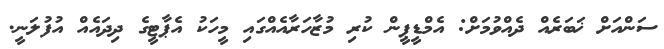
ސަންއަށް ޚަބަރެއް ދެއްވުމަށް: އެމްޑީޕީން ކުރި މުޒާހަރާއެއްގައި މީހަކު އެޕާޓީގެ ދިދައެއް އުފުލަނީ.